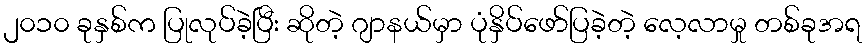
၂၀၁၀ ခုနှစ်က ပြုလုပ်ခဲ့ပြီး ဆိုတဲ့ ဂျာနယ်မှာ ပုံနှိပ်ဖော်ပြခဲ့တဲ့ လေ့လာမှု တစ်ခုအရ